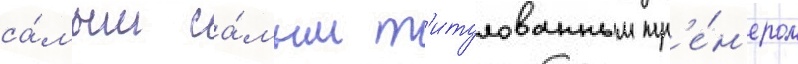
са́мым са́мым т'итулованным тр'е́н'ером